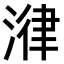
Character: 𣹕